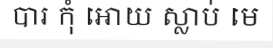
បារ កុំ អោយ ស្លាប់ មេ